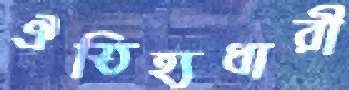
ঐতিহ্যধারী